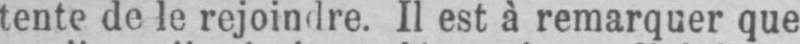
tente de le rejoindre. Il est à remarquer que